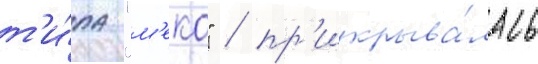
т'и́па "м'еко" / пр'икрыва́лась